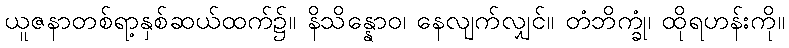
ယူဇနာတစ်ရာ့နှစ်ဆယ်ထက်၌။ နိသိန္နောဝ၊ နေလျက်လျှင်။ တံဘိက္ခုံ၊ ထိုရဟန်းကို။